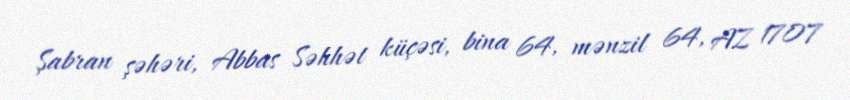
Şabran şəhəri, Abbas Səhhət küçəsi, bina 64, mənzil 64, AZ 1707